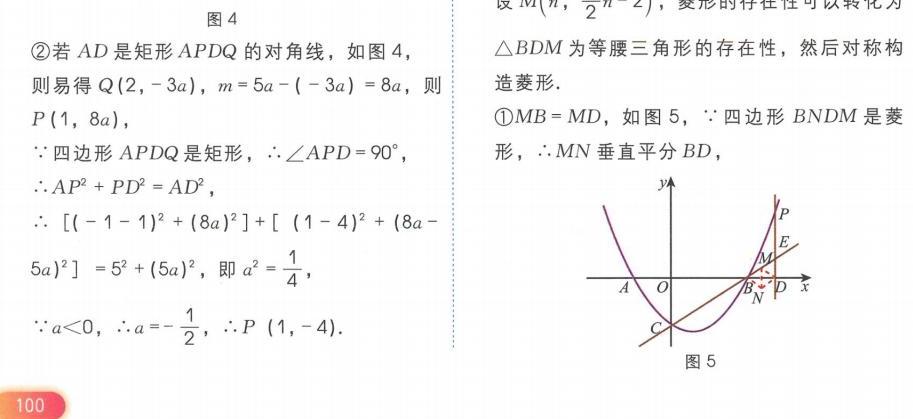
图4
\textcircled{2}若\(AD\)是矩形\(APDQ\)的对角线，如图4，
则易得\(Q(2,-3a)\)，\(m = 5a-(-3a)=8a\)，则\(P(1,8a)\)，
\(\because\)四边形\(APDQ\)是矩形，\(\therefore\angle APD = 90^{\circ}\)，
\(\therefore AP^{2}+PD^{2}=AD^{2}\)，
\(\therefore [(-1 - 1)^{2}+(8a)^{2}]+[(1 - 4)^{2}+(8a - 5a)^{2}]=5^{2}+(5a)^{2}\)，即\(a^{2}=\frac{1}{4}\)，
\(\because a\lt0\)，\(\therefore a =-\frac{1}{2}\)，\(\therefore P(1,-4)\).

设\(M(n,\frac{n}{2}-2)\)，菱形的存在性可以转化为
\(\triangle BDM\)为等腰三角形的存在性，然后对称构
造菱形.
\textcircled{1}\(MB = MD\)，如图5，\(\because\)四边形\(BNDM\)是菱
形，\(\therefore MN\)垂直平分\(BD\)，
![图5](https://pic2.zhimg.com/v2-88c8c6d69789d2a27d86c6d8996989c3_b.jpg)
图5